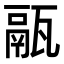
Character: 䰛